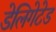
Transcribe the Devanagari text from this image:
डेलिगेटेड